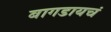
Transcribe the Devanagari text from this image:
बागडायचं